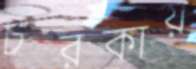
চরকায়